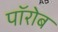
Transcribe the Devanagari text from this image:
पॉरोब